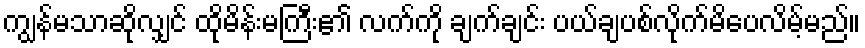
ကျွန်မသာဆိုလျှင် ထိုမိန်းမကြီး၏ လက်ကို ချက်ချင်း ပယ်ချပစ်လိုက်မိပေလိမ့်မည်။